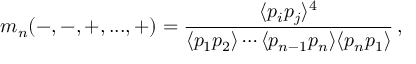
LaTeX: m _ { n } ( - , - , + , . . . , + ) = { \frac { \langle p _ { i } p _ { j } \rangle ^ { 4 } } { \langle p _ { 1 } p _ { 2 } \rangle \cdots \langle p _ { n - 1 } p _ { n } \rangle \langle p _ { n } p _ { 1 } \rangle } } \, ,